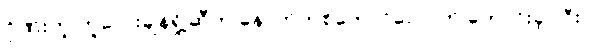
ဂိုဏ်းတူ တူလေးချန်ရှို့ဆီက နောက်တစ်ကောင်လောက် တောင်းခဲ့ပါဦး။